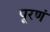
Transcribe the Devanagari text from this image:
पूरणं